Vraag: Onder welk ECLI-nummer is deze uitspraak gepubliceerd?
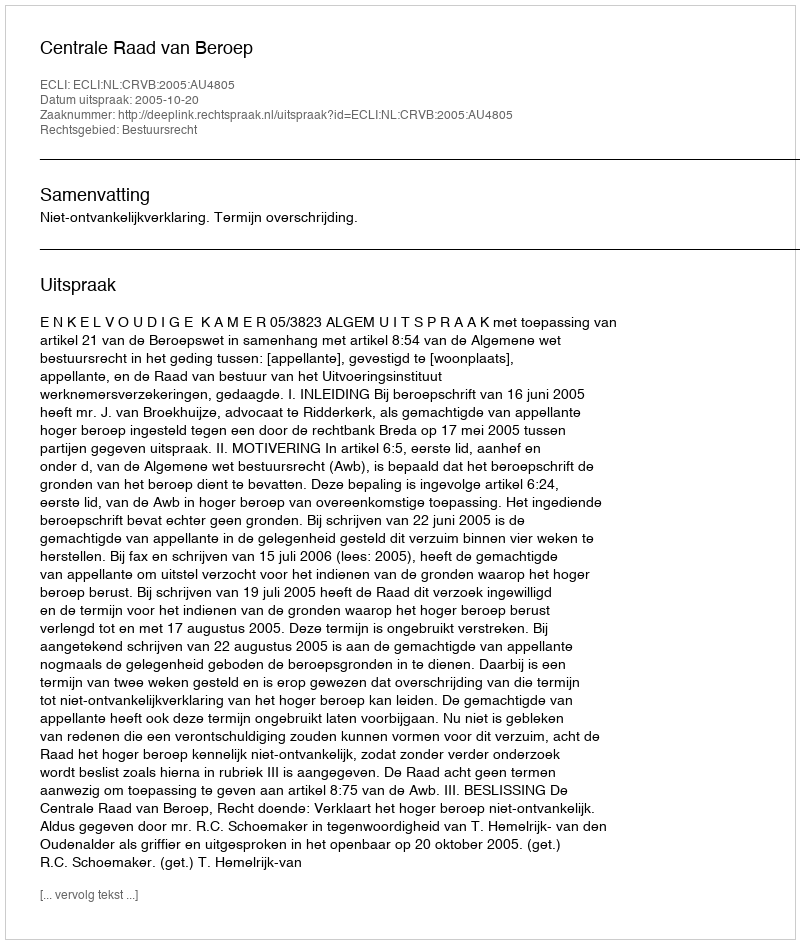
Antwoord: ECLI:NL:CRVB:2005:AU4805